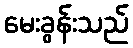
မေးခွန်းသည်